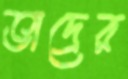
ভাদ্রের